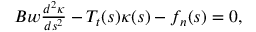
\begin{array} { r } { B w \frac { d ^ { 2 } \kappa } { d s ^ { 2 } } - T _ { t } ( s ) \kappa ( s ) - f _ { n } ( s ) = 0 , } \end{array}